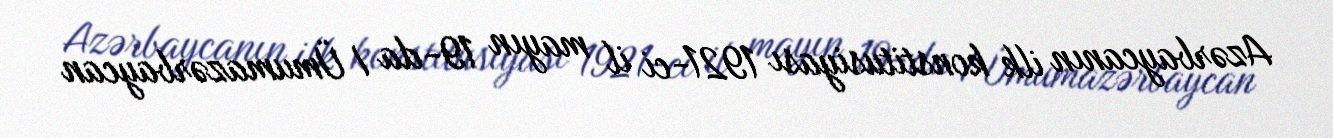
Azərbaycanın ilk konstitusiyası 1921-ci il mayın 19-da I Ümumazərbaycan